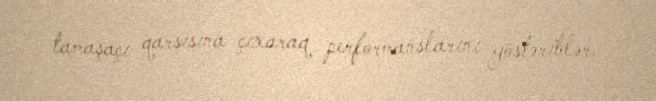
tamaşaçı qarşısına çıxaraq performanslarını göstəriblər.